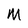
Character: M